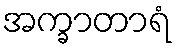
အက္ခာတာရံ